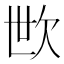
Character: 㰥